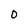
Character: 0